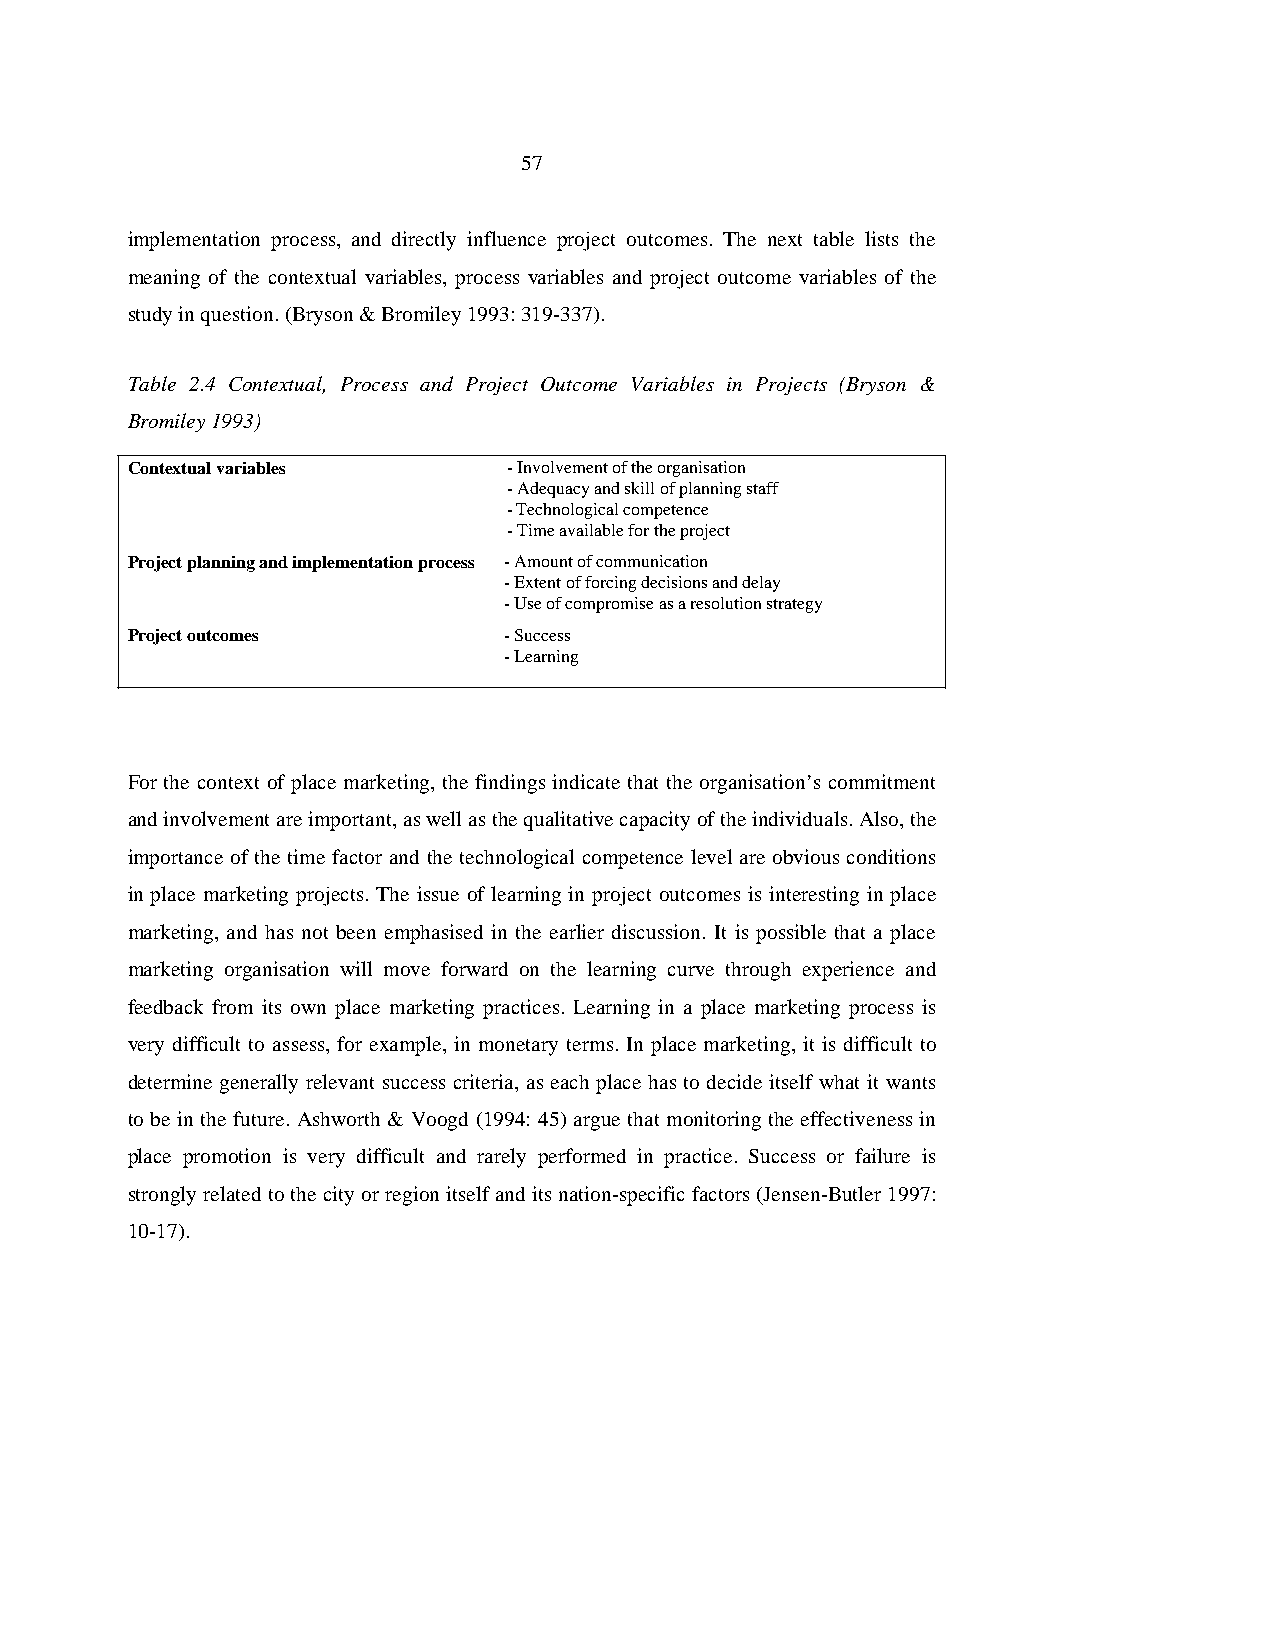
57
 implementation process, and directly influence project outcomes. The next table lists the
 meaning of the contextual variables, process variables and project outcome variables of the
 study in question. (Bryson & Bromiley 1993: 319-337).
 Table 2.4 Contextual, Process and Project Outcome Variables in Projects (Bryson &
 Bromiley 1993)
 Contextual variables      - Involvement of the organisation
 - Adequacy and skill of planning staff
 - Technological competence
 - Time available for the project
 Project planning and implementation process - Amount of communication
 - Extent of forcing decisions and delay
 - Use of compromise as a resolution strategy
 Project outcomes         - Success
 - Learning
 For the context of place marketing, the findings indicate that the organisation’s commitment
 and involvement are important, as well as the qualitative capacity of the individuals. Also, the
 importance of the time factor and the technological competence level are obvious conditions
 in place marketing projects. The issue of learning in project outcomes is interesting in place
 marketing, and has not been emphasised in the earlier discussion. It is possible that a place
 marketing organisation will move forward on the learning curve through experience and
 feedback from its own place marketing practices. Learning in a place marketing process is
 very difficult to assess, for example, in monetary terms. In place marketing, it is difficult to
 determine generally relevant success criteria, as each place has to decide itself what it wants
 to be in the future. Ashworth & Voogd (1994: 45) argue that monitoring the effectiveness in
 place promotion is very difficult and rarely performed in practice. Success or failure is
 strongly related to the city or region itself and its nation-specific factors (Jensen-Butler 1997:
 10-17).